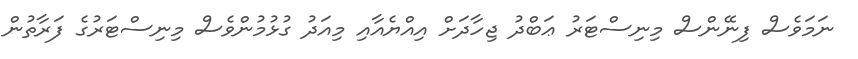
ނަމަވެސް ފިނޭންސް މިނިސްޓަރު ޢަބްދު ޖިހާދަށް އިއްޔެއާއި މިއަދު ގުޅުމުންވެސް މިނިސްޓަރުގެ ފަރާތުން